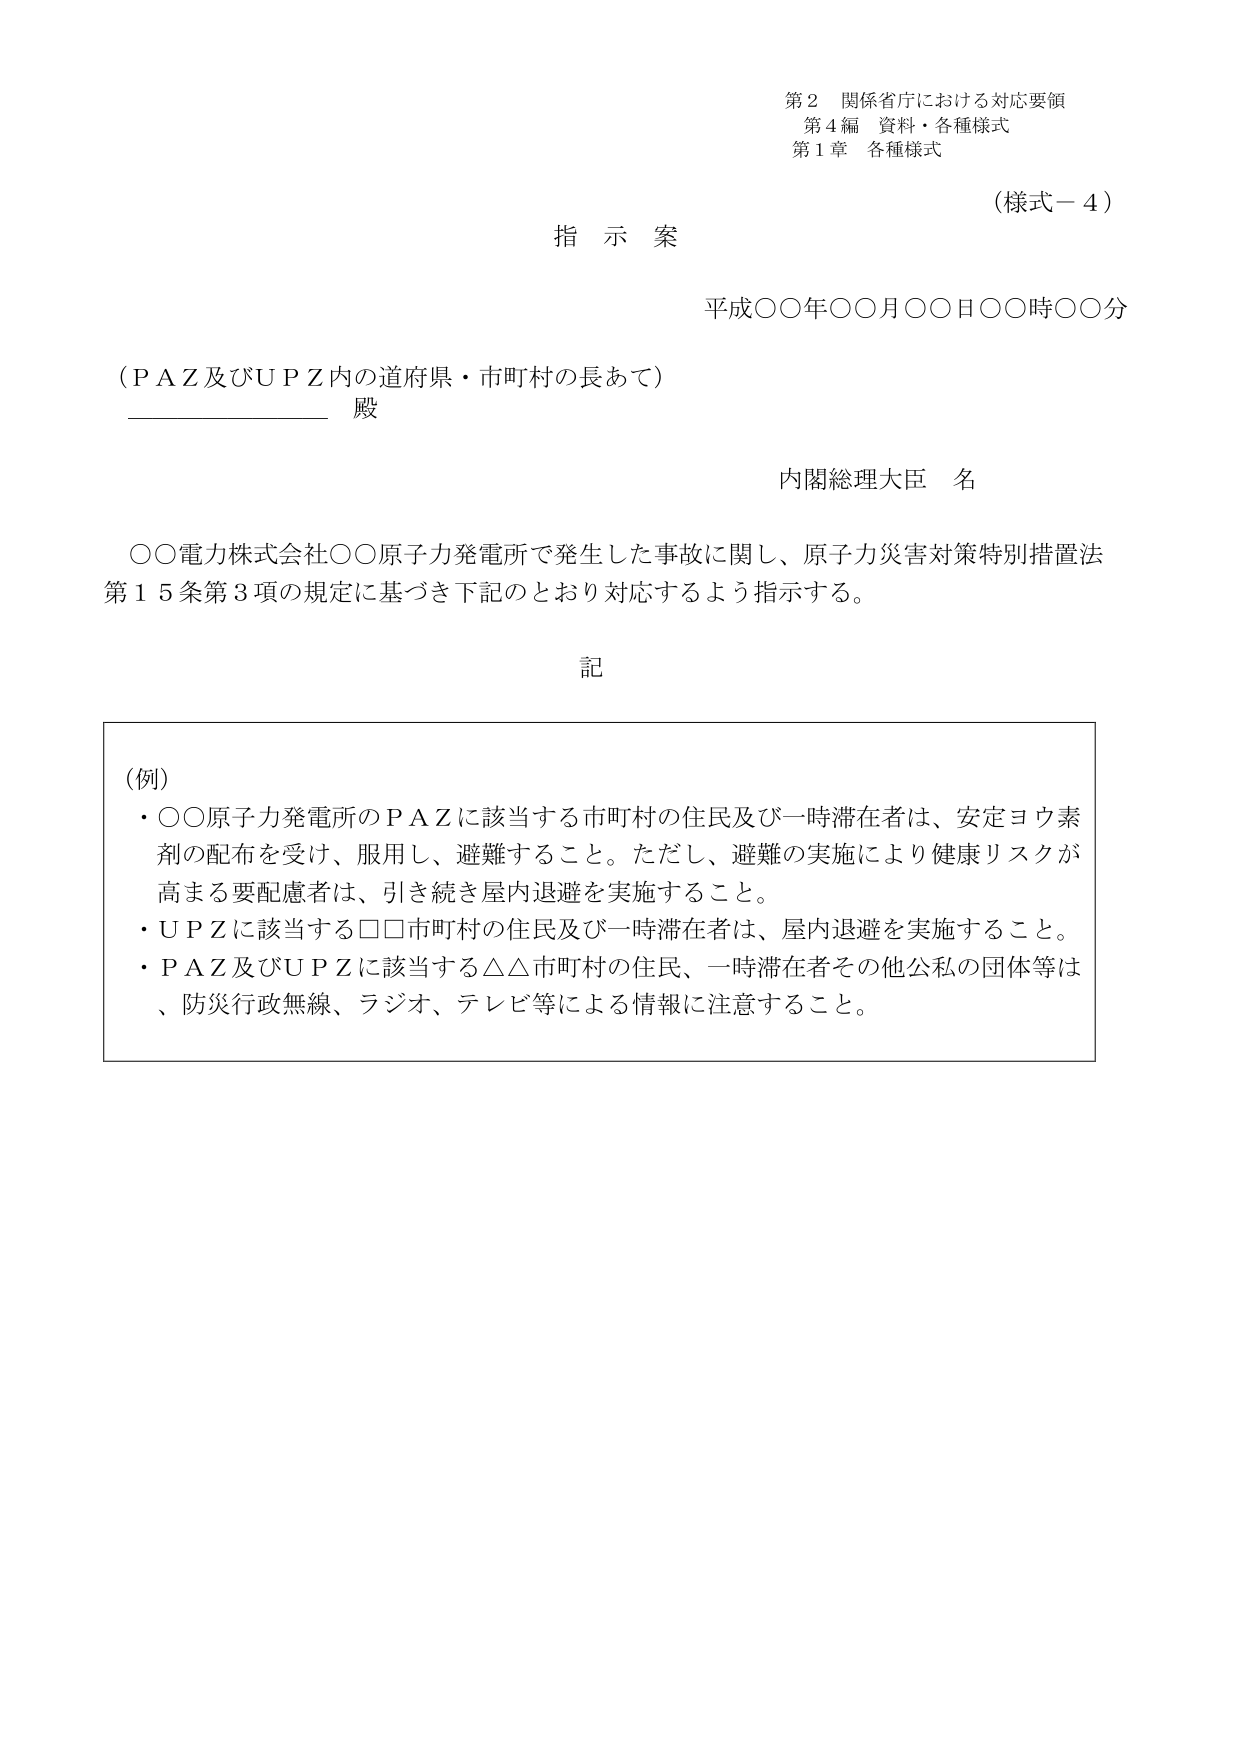
第２ 関係省庁における対応要領
第４編 資料・各種様式
第１章 各種様式

（様式－４）

指示案

平成〇〇年〇〇月〇〇日〇〇時〇〇分

（ＰＡＺ及びＵＰＺ内の道府県・市町村の長あて）
__________ 殿

内閣総理大臣 名

〇〇電力株式会社〇〇原子力発電所で発生した事故に関し、原子力災害対策特別措置法第１５条第３項の規定に基づき下記のとおり対応するよう指示する。

記

（例）
・〇〇原子力発電所のＰＡＺに該当する市町村の住民及び一時滞在者は、安定ヨウ素剤の配布を受け、服用し、避難すること。ただし、避難の実施により健康リスクが高まる要配慮者は、引き続き屋内退避を実施すること。
・ＵＰＺに該当する□□市町村の住民及び一時滞在者は、屋内退避を実施すること。
・ＰＡＺ及びＵＰＺに該当する△△市町村の住民、一時滞在者その他公私の団体等は、防災行政無線、ラジオ、テレビ等による情報に注意すること。